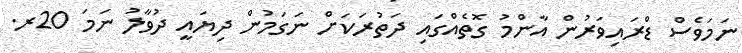
ނަމަވެސް ޑްރައިވަރުން އާންމު ގޮތެއްގައި ދަތުރަކަށް ނަގަމުން ދިޔައީ ދުވާލު ނަމަ 20ރ.